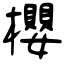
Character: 櫻